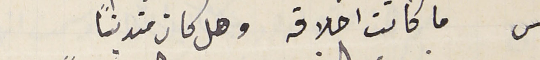
س ما كانت اخلاقه وهل كان متدينًا